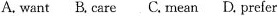
A. want B,care C.mean D. prefer